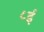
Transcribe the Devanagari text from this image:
८ई